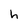
Character: h